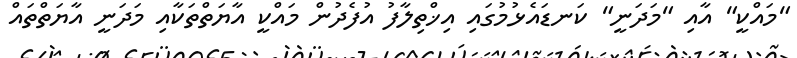
"މައްކީ" އާއި "މަދަނީ" ކަނޑައެޅުމުގައި އިޚްތިލާފު އުފެދުން މައްކީ އާޔަތްތަކާއި މަދަނީ އާޔަތްތައް